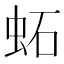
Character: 䖨